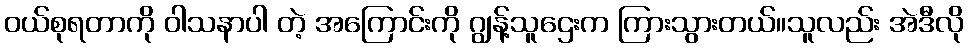
ဝယ်စုရတာကို ဝါသနာပါ တဲ့ အကြောင်းကို ဂျွန့်သူဌေးက ကြားသွားတယ်။သူလည်း အဲဒီလို